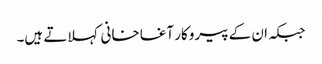
جبکہ ان کے پیروکار آغا خانی کہلاتے ہیں۔